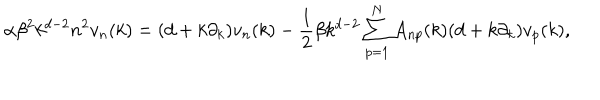
\alpha \beta ^ { 2 } k ^ { d - 2 } n ^ { 2 } v _ { n } ( k ) = ( d + k \partial _ { k } ) v _ { n } ( k ) - { \frac { 1 } { 2 } } \beta k ^ { d - 2 } \sum _ { p = 1 } ^ { N } A _ { n p } ( k ) ( d + k \partial _ { k } ) v _ { p } ( k ) ,